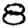
Digit: 8